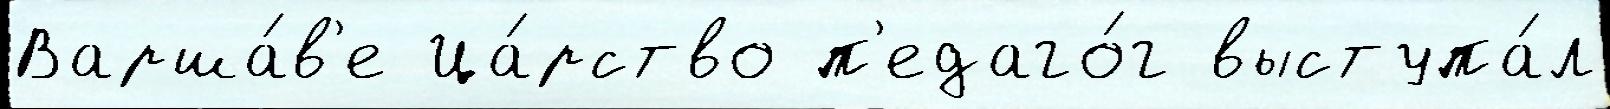
Варша́в'е Ца́рство п'едаго́г выступа́л